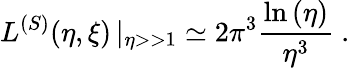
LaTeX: L^{(S)}(\eta,\xi)\left|_{\eta>>1}\right.\simeq 2\pi^{3}{\frac{\ln{(\eta)}}{\eta^{3}}}\ .